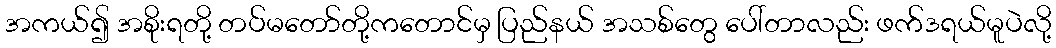
အကယ်၍ အစိုးရတို့ တပ်မတော်တို့ကတောင်မှ ပြည်နယ် အသစ်တွေ ပေါ်တာလည်း ဖက်ဒရယ်မူပဲလို့